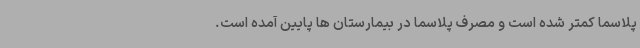
پلاسما کمتر شده است و مصرف پلاسما در بیمارستان ها پایین آمده است.